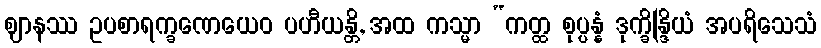
ဈာနဿ ဥပစာရက္ခဏေယေဝ ပဟီယန္တိ, အထ ကသ္မာ “ကတ္ထ စုပ္ပန္နံ ဒုက္ခိန္ဒြိယံ အပရိသေသံ